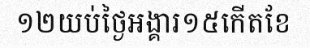
១២យប់ថ្ងៃអង្គារ១៥កើតខែ